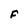
Character: F